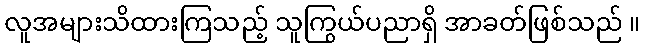
လူအများသိထားကြသည့် သူကြွယ်ပညာရှိ အာခတ်ဖြစ်သည် ။